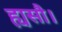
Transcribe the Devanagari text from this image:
ह्यसौ।